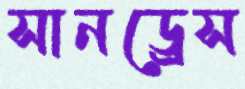
সানড্রেস